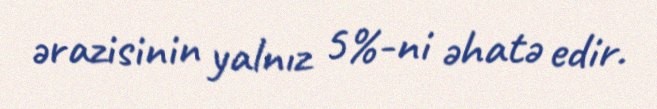
ərazisinin yalnız 5%-ni əhatə edir.